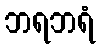
ဘရဘရံ